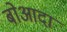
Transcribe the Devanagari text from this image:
बोआदा